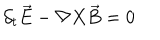
{ \partial } _ { t } \vec { E } - { \nabla } X \vec { B } = 0